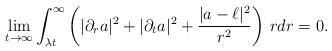
LaTeX: \begin{align*}\lim_{t\to\infty}\int_{\lambda t}^{\infty}\left(|\partial_ra|^2+|\partial_ta|^2+\frac{|a-\ell|^2}{r^2}\right)\,rdr=0.\end{align*}